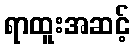
ရာထူးအဆင့်